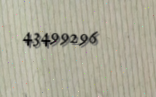
43499296